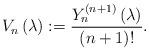
LaTeX: \begin{align*}V_{n}\left( \lambda \right) :=\frac{Y_{n}^{\left( n+1\right) }\left( \lambda\right) }{\left( n+1\right) !}. \end{align*}